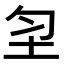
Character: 𡉲